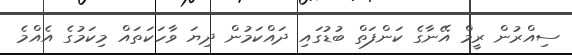
ސިއްރުން ރީމް އޭނާގެ ކަންފަތް ބުޑުގައި ދައްކަމުން ދިޔަ ވާހަކަތައް މިކަމުގެ އެއްމެ